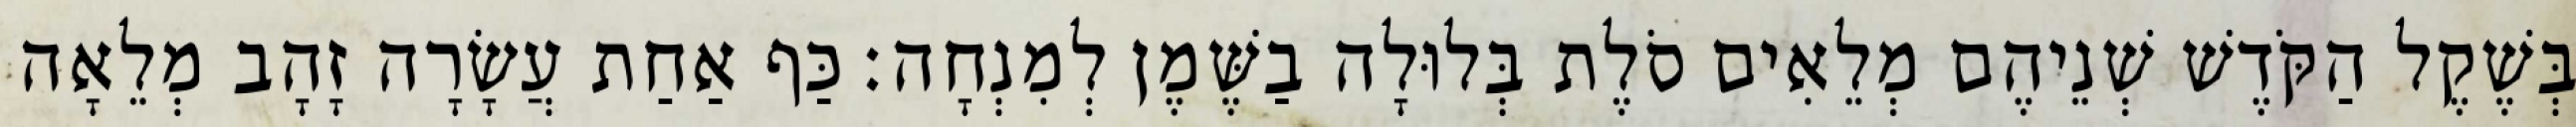
בְּשֶׁקֶל הַקֹּדֶשׁ שְׁנֵיהֶם מְלֵאִים סֹלֶת בְּלוּלָה בַשֶּׁמֶן לְמִנְחָה׃ כַּף אַחַת עֲשָׂרָה זָהָב מְלֵאָה